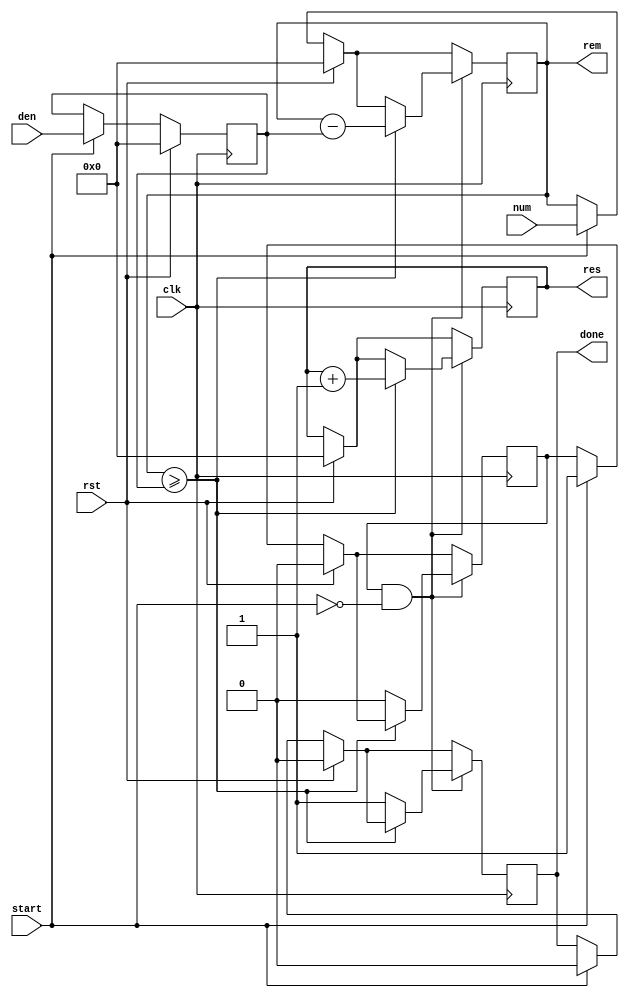
module Sequential_Divider(
    input clk,
    input rst,
    input start,
    input  [7:0] num,
    input  [7:0] den,
    output [7:0] res,
    output [7:0] rem,
    output reg done
);
/* Registers to store the input arguments */
reg [7:0] num_r;
reg [7:0] den_r;
/* counts the number of times denominator fits in numerator */
reg [7:0] result_integer;
/* True if the algorithm is running */
reg working;


always @(posedge clk) begin
    if(rst == 1'b1)begin
        /* setting the working registers to 0 */
        num_r <= 8'b0;
        den_r <= 8'b0;
        working <= 1'b0;
        result_integer <= 'b0;
        done <= 'b0;
    end else if(start == 1'b1) begin
        /* Captures the parameters and starts the operation */
        num_r <= num;
        den_r <= den;
        working <= 1'b1;
        done <= 1'b0;
    end
    /* The actual algorithm */
    if (working == 1'b1 && start == 1'b0)begin
        if(num_r >= den_r) begin
            /* The division will give a proper fraction */
            num_r <= num_r - den_r;
            result_integer <= result_integer + 8'b1;
        end else begin
            working <= 'b0;
            done <= 1'b1;
        end
    end
end



/* The reminder of the division  */
assign rem = num_r;
/*The integer part is the number of times the divisor was substracted from the
* numerator*/
assign res = result_integer;

endmodule